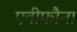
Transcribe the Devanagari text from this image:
एवीफौना